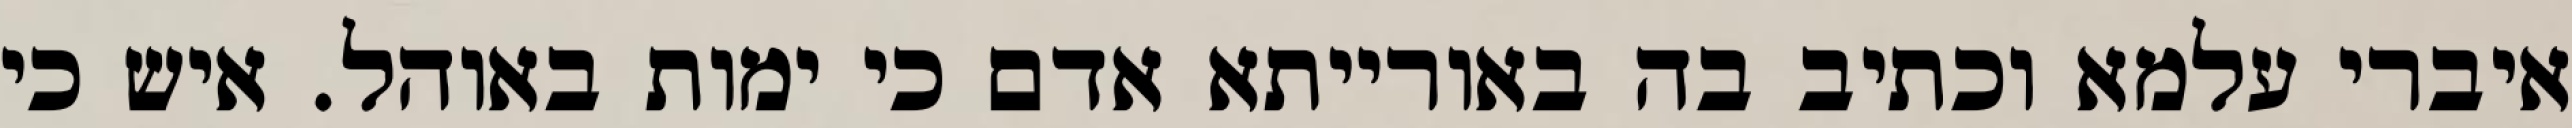
איברי עלמא וכתיב בה באורייתא אדם כי ימות באוהל. איש כי